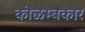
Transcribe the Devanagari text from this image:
कोळम्बकार